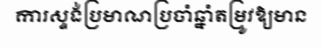
ការស្ទង់ប្រមាណប្រចាំឆ្នាំតម្រូវឱ្យមាន